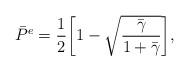
LaTeX: \begin{align*}\bar P_{_{{\rm{}}}}^e = \frac{1}{2}\bigg[1 - \sqrt {\frac{{{{\bar \gamma }_{ }}}}{{1 + {{\bar \gamma }_{}}}}}\bigg ],\end{align*}